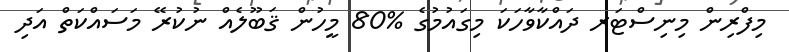
މިފްރިން މިނިސްޓަރ ދައްކާވާހަކަ މިގައުމުގެ %80 މީހުން ޤަބޫލެއް ނުކުރޭ މަސައްކަތް އަދި